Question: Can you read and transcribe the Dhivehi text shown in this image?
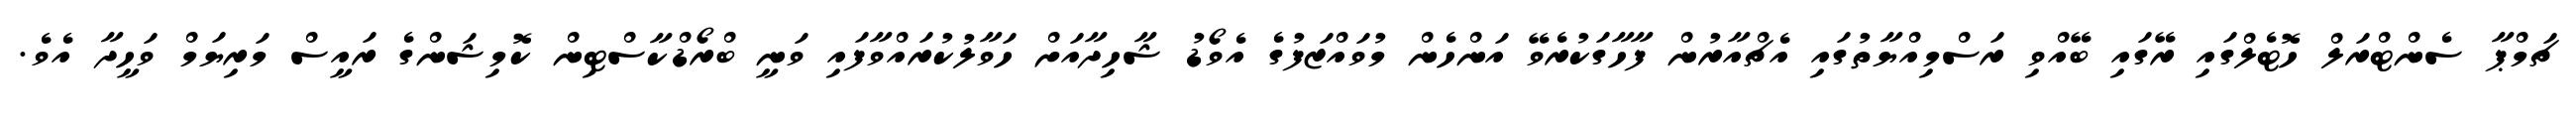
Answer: ޗަމްޕާ ސެންޓްރަލް ހޮޓެލްގައި ރޭގައި ބޭއްވި ރަސްމިއްޔާތުގައި އެޗްއާރުން ފާހާގަކުރެވޭ އަންހެން މުވައްޒަފުގެ އެވޯޑު ޝާހިދާއަށް ހަވާލުކުރައްވާފައި ވަނީ ބްރޯޑްކާސްޓިން ކޮމިޝަންގެ ރައީސް މަރިޔަމް ވަހީދާ އެވެ.